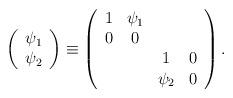
LaTeX: \begin{align*}\left( \begin{array}{c}\psi _1 \\ \psi _2\end{array}\right) \equiv \left( \begin{array}{cccc}1 & \psi _1 & & \\ 0 & 0 & & \\ & & 1 & 0 \\ & & \psi _2 & 0\end{array}\right) . \end{align*}